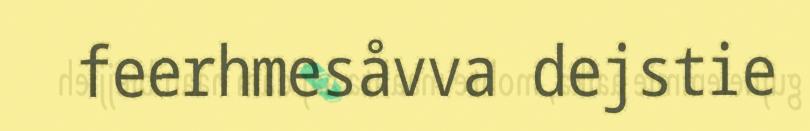
feerhmesåvva dejstie